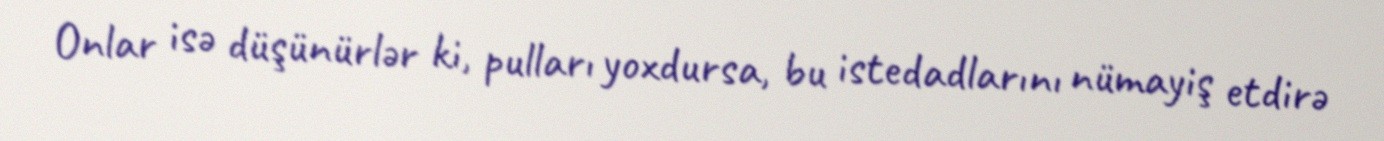
Onlar isə düşünürlər ki, pulları yoxdursa, bu istedadlarını nümayiş etdirə